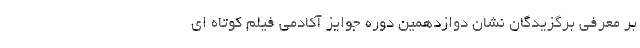
بر معرفی برگزیدگان نشان دوازدهمین دوره جوایز آکادمی فیلم کوتاه ای